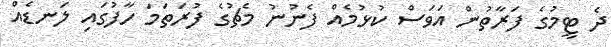
ދެ ޓީމުގެ ފަރާތުން އަވަސް ކުޅުމެއް ފެނުނު މެޗުގެ ފުރަތަމަ ހާފުގައި ލަނޑެއް